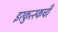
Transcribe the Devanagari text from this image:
इरकुत्स्कची